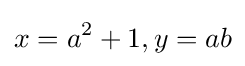
x=a^{2}+1,y=ab